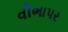
વીભાપર